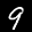
Label: 9